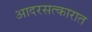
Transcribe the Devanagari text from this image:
आदरसत्कारात